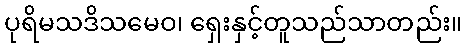
ပုရိမသဒိသမေဝ၊ ရှေးနှင့်တူသည်သာတည်း။